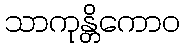
သာကုန္တိကောဝ